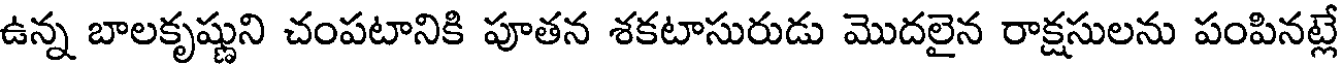
ఉన్న బాలకృష్ణుని చంపటానికి పూతన శకటాసురుడు మొదలైన రాక్షసులను పంపినట్లే